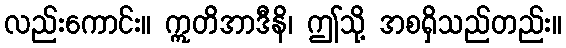
လည်းကောင်း။ ဣတိအာဒီနိ၊ ဤသို့ အစရှိသည်တည်း။